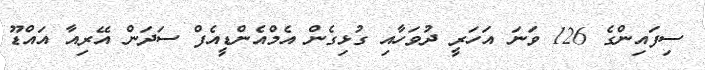
ސިފައިންގެ 126 ވަނަ އަހަރީ ދުވަހާއި ގުޅިގެން އެމްއެންޑީއެފް ސަދަން އޭރިއާ އައްޑޫ